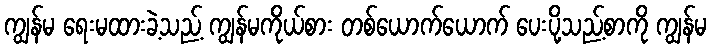
ကျွန်မ ရေးမထားခဲ့သည့် ကျွန်မကိုယ်စား တစ်ယောက်ယောက် ပေးပို့သည့်စာကို ကျွန်မ